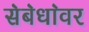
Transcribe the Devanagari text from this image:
स॓ब॓धा॓वर